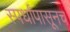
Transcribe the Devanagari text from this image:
स्पर्धांपासूनच